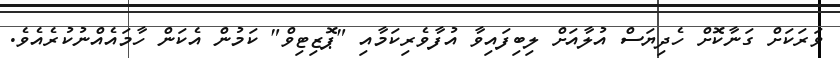
ވަރަކަށް ގަނާކޮށް ހެދިޔަސް އުލާއަށް ލިބިފައިވާ އުފާވެރިކަމާއި "ޕޮޒިޓިވް" ކަމުން އެކަން ހާމައެއްނުކުރެއެވެ.